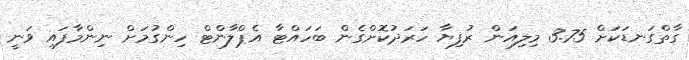
ގާތްގަނޑަކަށް 3.75 މިލިއަން ރުފިޔާ ހަރަދުކޮށްގެން ބަހައްޓާ އެޕްލާންޓް ހިންގުމަށް ނިންމާފައި ވަނީ